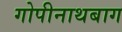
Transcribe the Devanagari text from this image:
गोपीनाथबाग